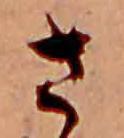
さ